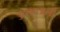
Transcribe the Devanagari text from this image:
असदअली